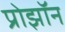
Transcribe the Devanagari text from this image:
प्रोझॉन